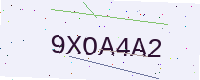
Text: 9XOA4A2